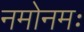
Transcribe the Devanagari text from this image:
नमोनमः